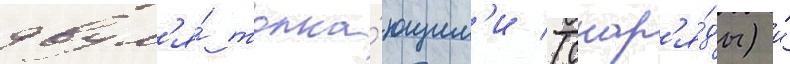
двум'я́ толка́ющим'и (снар'я́ды) и́